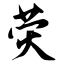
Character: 荧